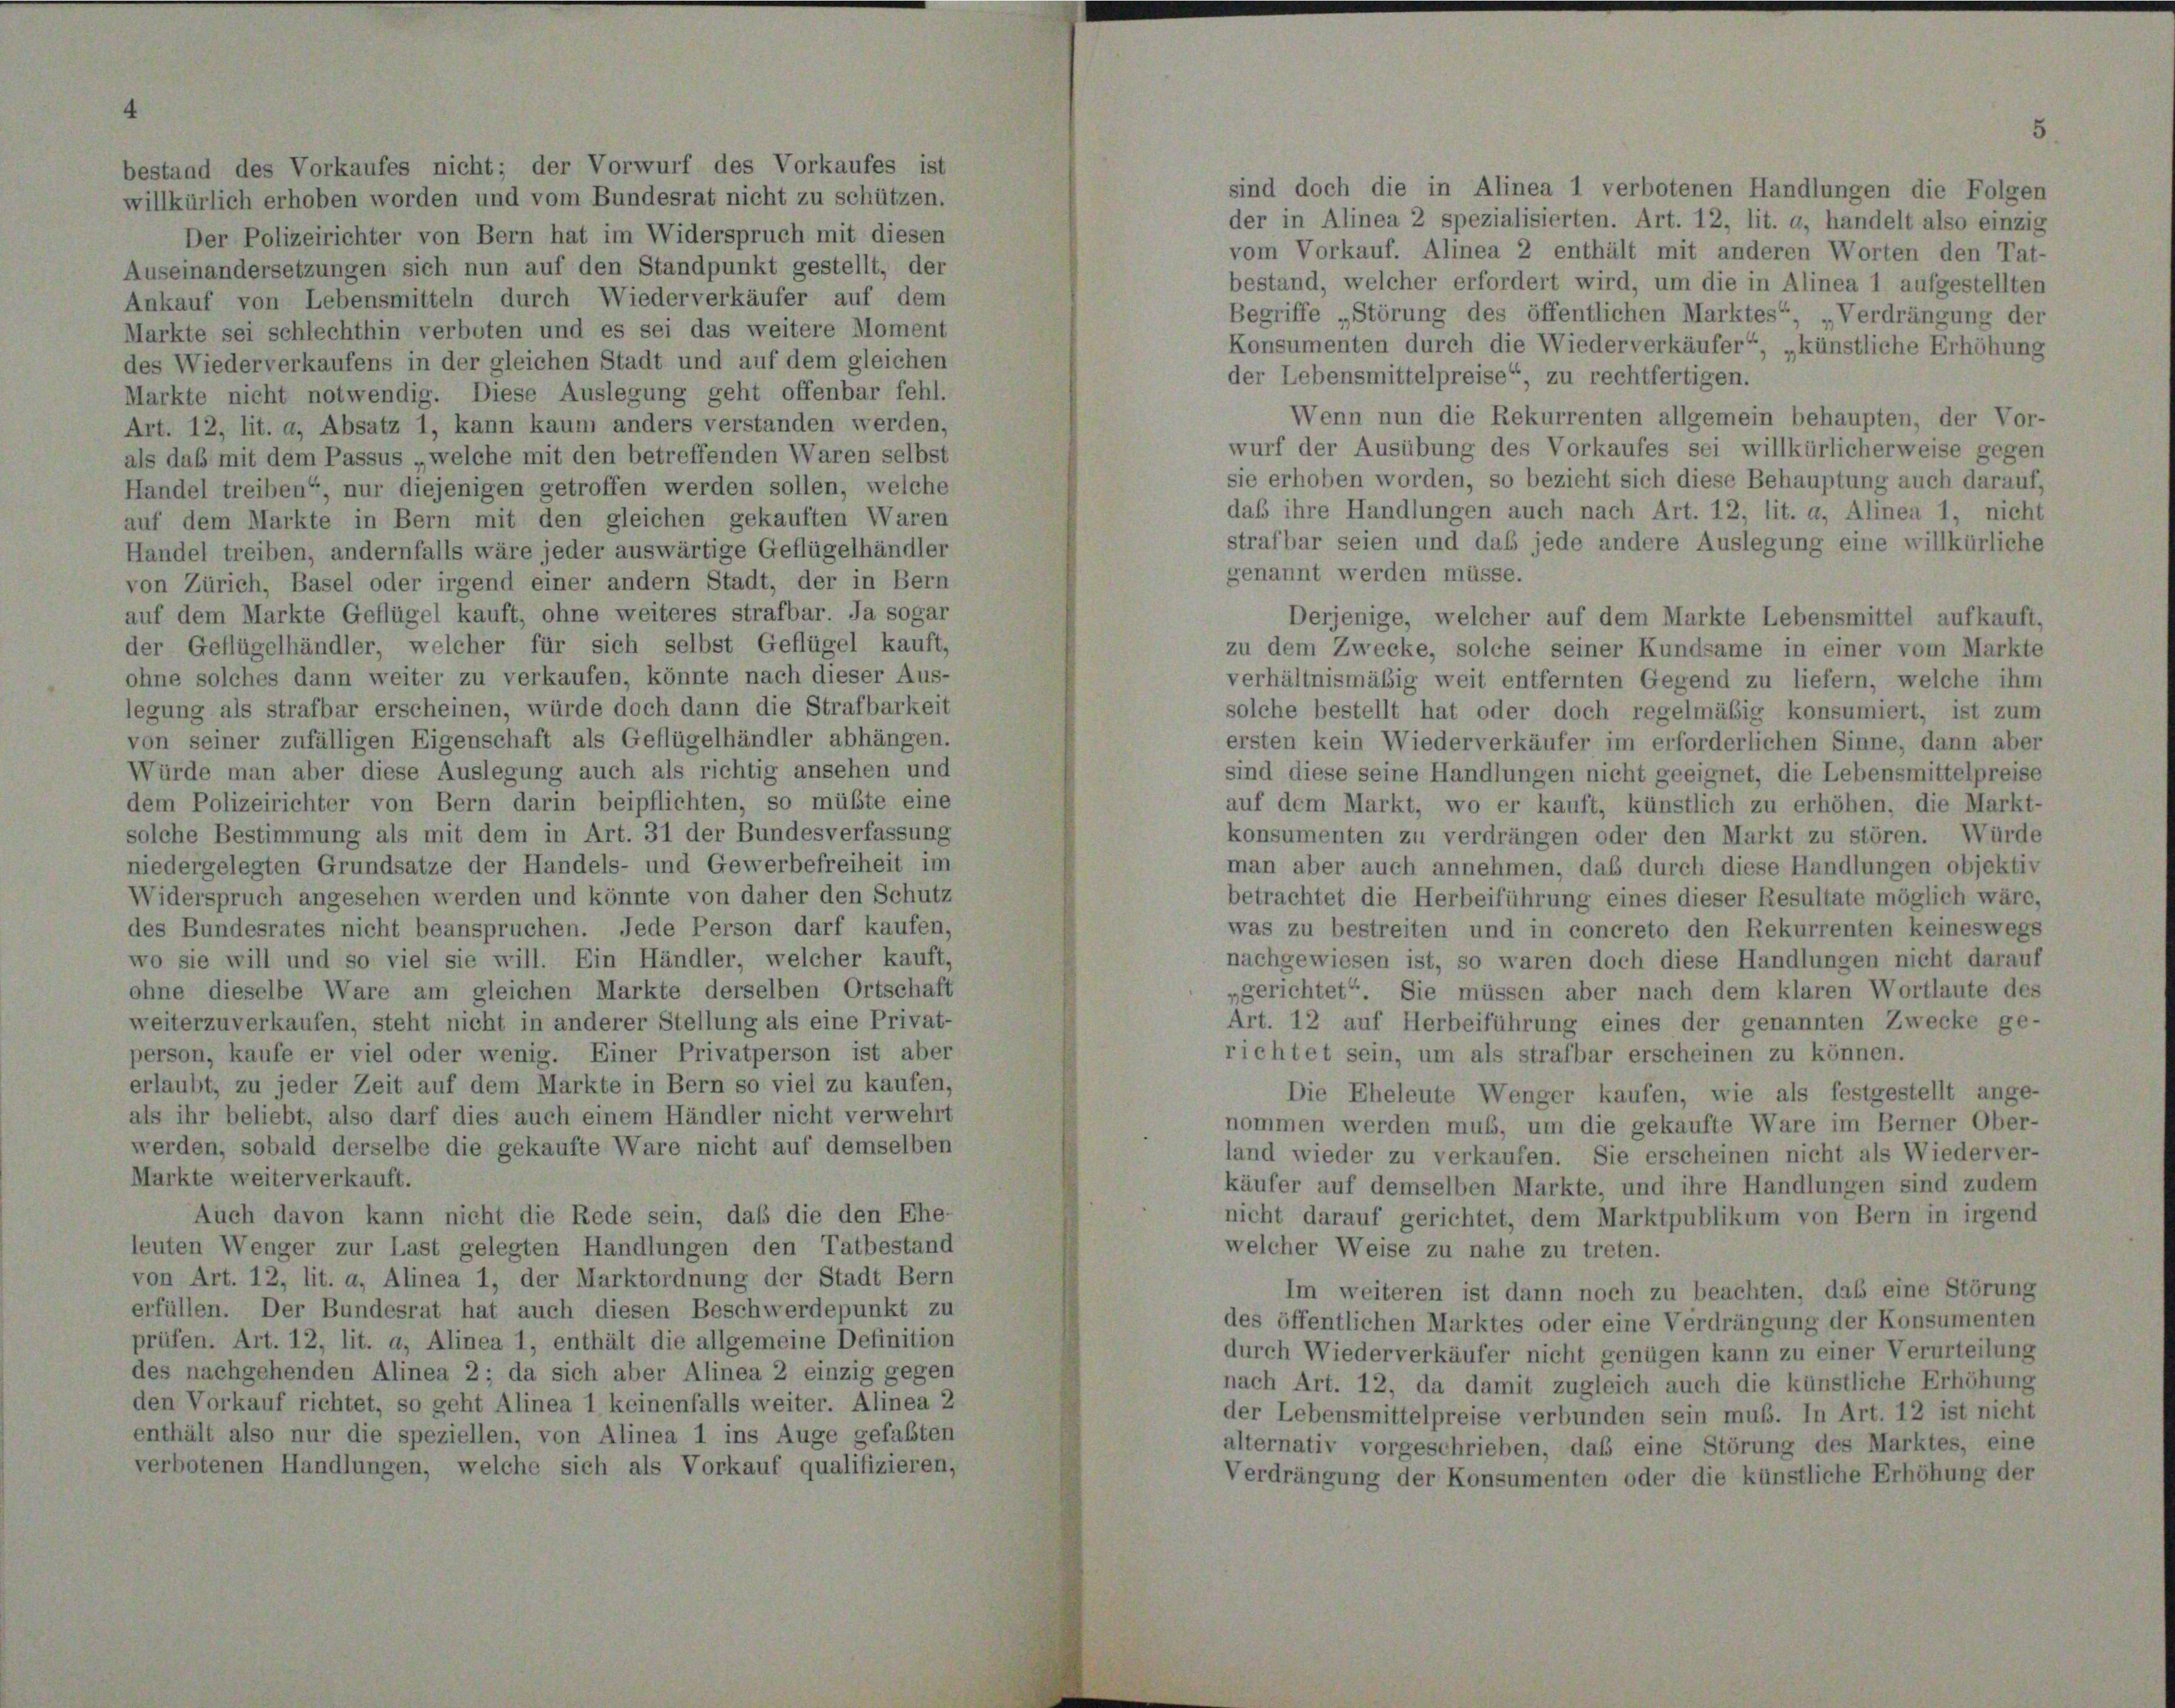
1

willkürlich erhoben worden und vom Bundesrat nicht zu schützen.
Der Polizeirichter von Bern hat im Widerspruch mit diesen
Auseinandersetzungen sich nun auf den Standpunkt gestellt, der
Ankauf von Lebensmitteln durch Wiederverkäufer auf dem
Markte sei schlechthin verboten und es sei das weitere Moment
des Wiederverkaufens in der gleichen Stadt und auf dem gleichen
Markte nicht notwendig. Diese Auslegung geht offenbar fehl.
Art. 12, lit. a, Absatz 1, kann kaum anders verstanden werden,
als das mit dem Passus welche mit den betreffenden Waren selbst
Handel treiben“, nur diejenigen getroffen werden sollen, welche
auf dem Markte in Bern mit den gleichen gekauften Waren
Handel treiben, andernfalls wäre jeder auswärtige Geflügelhändler
von Zürich, Basel oder irgend einer andern Stadt, der in Bern
auf dem Markte Geflügel kauft, ohne weiteres strafbar. Ja sogar
der Geflügelhändler, welcher für sich selbst Geflügel kauft,
ohne solches dann weiter zu verkaufen, könnte nach dieser Aus-
legung als strafbar erscheinen, würde doch dann die Strafbarkeit
von seiner zufälligen Eigenschaft als Geflügelhändler abhängen.
Würde man aber diese Auslegung auch als richtig ansehen und
dem Polizeirichter von Bern darin beipflichten, so müßte eine
solche Bestimmung als mit dem in Art. 31 der Bundesverfassung
niedergelegten Grundsätze der Handels- und Gewerbefreiheit im
Widerspruch angesehen werden und könnte von daher den Schutz
des Bundesrates nicht beanspruchen. Jede Person darf kaufen,
wo sie will und so viel sie will. Ein Händler, welcher kauft,
ohne dieselbe Ware am gleichen Markte derselben Ortschaft
weiterzuverkaufen, steht nicht in anderer Stellung als eine Privat-
person, kaufe er viel oder wenig. Einer Privatperson ist aber
erlaubt, zu jeder Zeit auf dem Markte in Bern so viel zu kaufen,
als ihr beliebt, also darf dies auch einem Händler nicht verwehrt
werden, sobald derselbe die gekaufte Ware nicht auf demselben
Markte weiterverkauft.
Auch davon kann nicht die Rede sein, daß die den Ehe-
leuten Wenger zur Last gelegten Handlungen den Tatbestand
von Art. 12, lit. a, Alinea 1, der Marktordnung der Stadt Bern
erfüllen. Der Bundesrat hat auch diesen Beschwerdepunkt zu
prüfen. Art. 12, lit. a, Alinea 1, enthält die allgemeine Definition
des nachgehenden Alinea 2; da sich aber Alinea 2 einzig gegen
den Vorkauf richtet, so geht Alinea 1 keinenfalls weiter. Alinea 2
enthält also nur die speziellen, von Alinea 1 ins Auge gefaßten
verbotenen Handlungen, welche sich als Vorkauf qualifizieren,

sind doch die in Alinea 1 verbotenen Handlungen die Folgen
der in Alinea 2 spezialisierten. Art. 12, lit. a, handelt also einzig
vom Vorkauf. Alinea 2 enthält mit anderen Worten den Tat-
bestand, welcher erfordert wird, um die in Alinea 1 aufgestellten
Begriffe „Störung des öffentlichen Marktes“, Verdrängung der
Konsumenten durch die Wiederverkäufer“, „künstliche Erhöhung
der Lebensmittelpreise“, zu rechtfertigen.
Wenn nun die Rekurrenten allgemein behaupten, der Vor-
wurf der Ausübung des Vorkaufes sei willkürlicherweise gegen
sie erhoben worden, so bezieht sich diese Behauptung auch darauf,
daß ihre Handlungen auch nach Art. 12, lit. a, Alinea 1, nicht
strafbar seien und das jede andere Auslegung eine willkürliche
genannt werden müsse.
Derjenige, welcher auf dem Markte Lebensmittel aufkauft,
zu dem Zwecke, solche seiner Kundsame in einer vom Markte
verhältnismäßig weit entfernten Gegend zu liefern, welche ihm
solche bestellt hat oder doch regelmäßig konsumiert, ist zum
ersten kein Wiederverkäufer im erforderlichen Sinne, dann aber
sind diese seine Handlungen nicht geeignet, die Lebensmittelpreise
auf dem Markt, wo er kauft, künstlich zu erhöhen, die Markt-
konsumenten zu verdrängen oder den Markt zu stören. Würde
man aber auch annehmen, daß durch diese Handlungen objektiv
betrachtet die Herbeiführung eines dieser Resultate möglich wäre,
was zu bestreiten und in concreto den Rekurrenten keineswegs
nachgewiesen ist, so waren doch diese Handlungen nicht darauf
„gerichtet“. Sie müssen aber nach dem klaren Wortlaute des
Art. 12 auf Herbeiführung eines der genannten Zwecke ge-
richtet sein, um als strafbar erscheinen zu können.
Die Eheleute Wenger kaufen, wie als festgestellt ange-
nommen werden muss, um die gekaufte Ware im Berner Ober-
land wieder zu verkaufen. Sie erscheinen nicht als Wiederver-
käufer auf demselben Markte, und ihre Handlungen sind zudem
nicht darauf gerichtet, dem Marktpublikum von Bern in irgend
welcher Weise zu nahe zu treten.
Im weiteren ist dann noch zu beachten, daß eine Störung
des öffentlichen Marktes oder eine Verdrängung der Konsumenten
durch Wiederverkäufer nicht genügen kann zu einer Verurteilung
nach Art. 12, da damit zugleich auch die künstliche Erhöhung
der Lebensmittelpreise verbunden sein muß. In Art. 12 ist nicht
alternativ vorgeschrieben, daß eine Störung des Marktes, eine
Verdrängung der Konsumenten oder die künstliche Erhöhung der